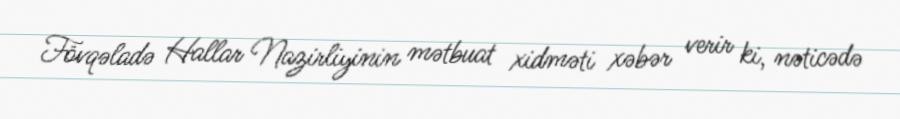
Fövqəladə Hallar Nazirliyinin mətbuat xidməti xəbər verir ki, nəticədə